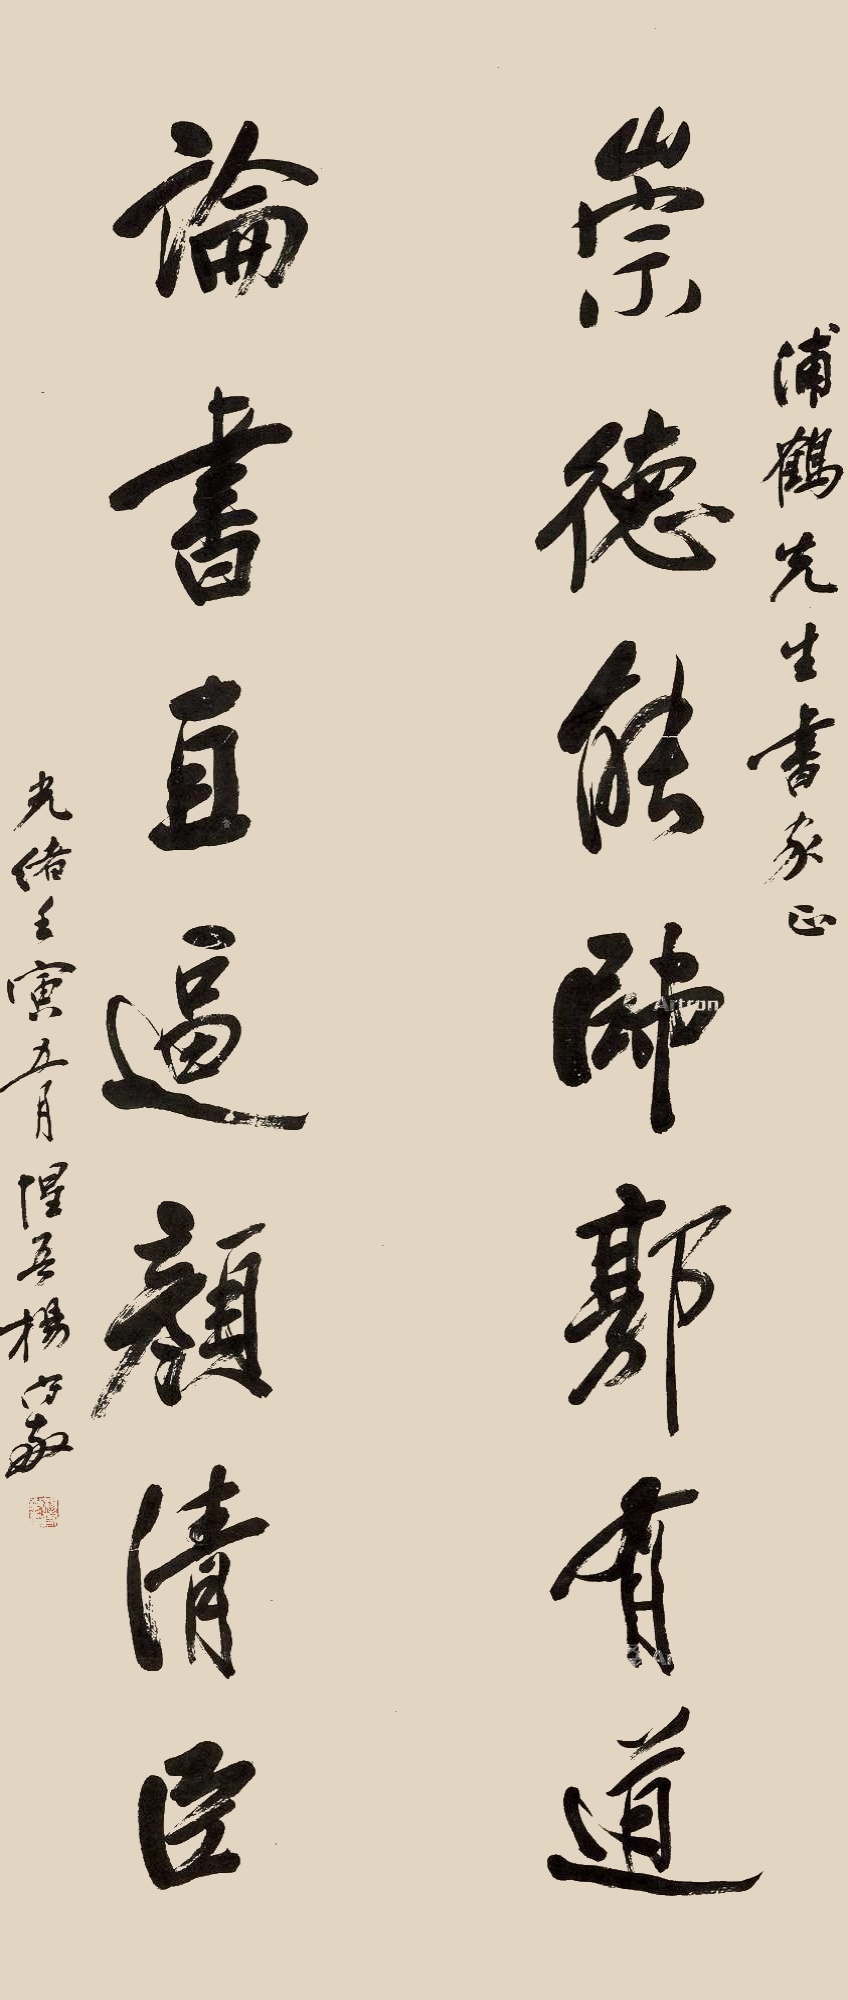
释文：崇德能师郭有道，论书直逼颜清臣。浦鹤先生书家正，光绪壬寅五月，惺吾杨守敬。